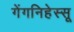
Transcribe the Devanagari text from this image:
गेंगनिहेस्सू